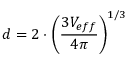
d = 2 \cdot \left( { \frac { 3 V _ { e f f } } { 4 \pi } } \right) ^ { 1 / 3 }